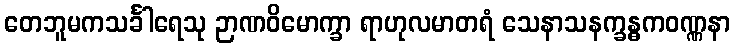
တေဘူမကသင်္ခါရေသု ဉာဏဝိမောက္ခာ ရာဟုလမာတရံ သေနာသနက္ခန္ဓကဝဏ္ဏနာ